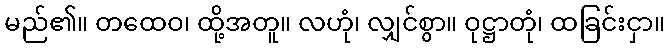
မည်၏။ တထေဝ၊ ထို့အတူ။ လဟုံ၊ လျှင်စွာ။ ဝုဋ္ဌာတုံ၊ ထခြင်းငှာ။